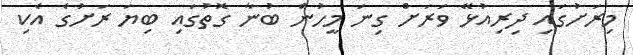
މިރަށުގައި ދިރިއުޅޭ ވަރަށް ގިނަ މީހުން ބުނާ ގޮތުގައި ބިޔަ ރަށުގެ އެކި